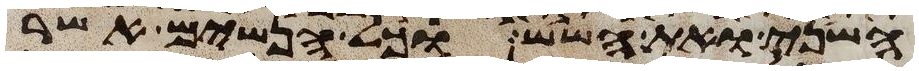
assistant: השני ואת השש וכל הנשים אשר